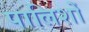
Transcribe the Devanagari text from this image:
पालिशों